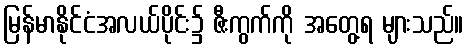
မြန်မာနိုင်ငံအလယ်ပိုင်း၌ ဇီးကွက်ကို အတွေ့ရ များသည်။